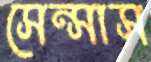
সেন্সাস